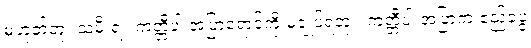
မဟုတ်ဘူး သမီးရဲ့၊ ကတ္တီပါ အပြာရောင်ကို မချုပ်ရဘူး၊ ကတ္တီပါ အပြာက ဧည့်ခံပွဲ